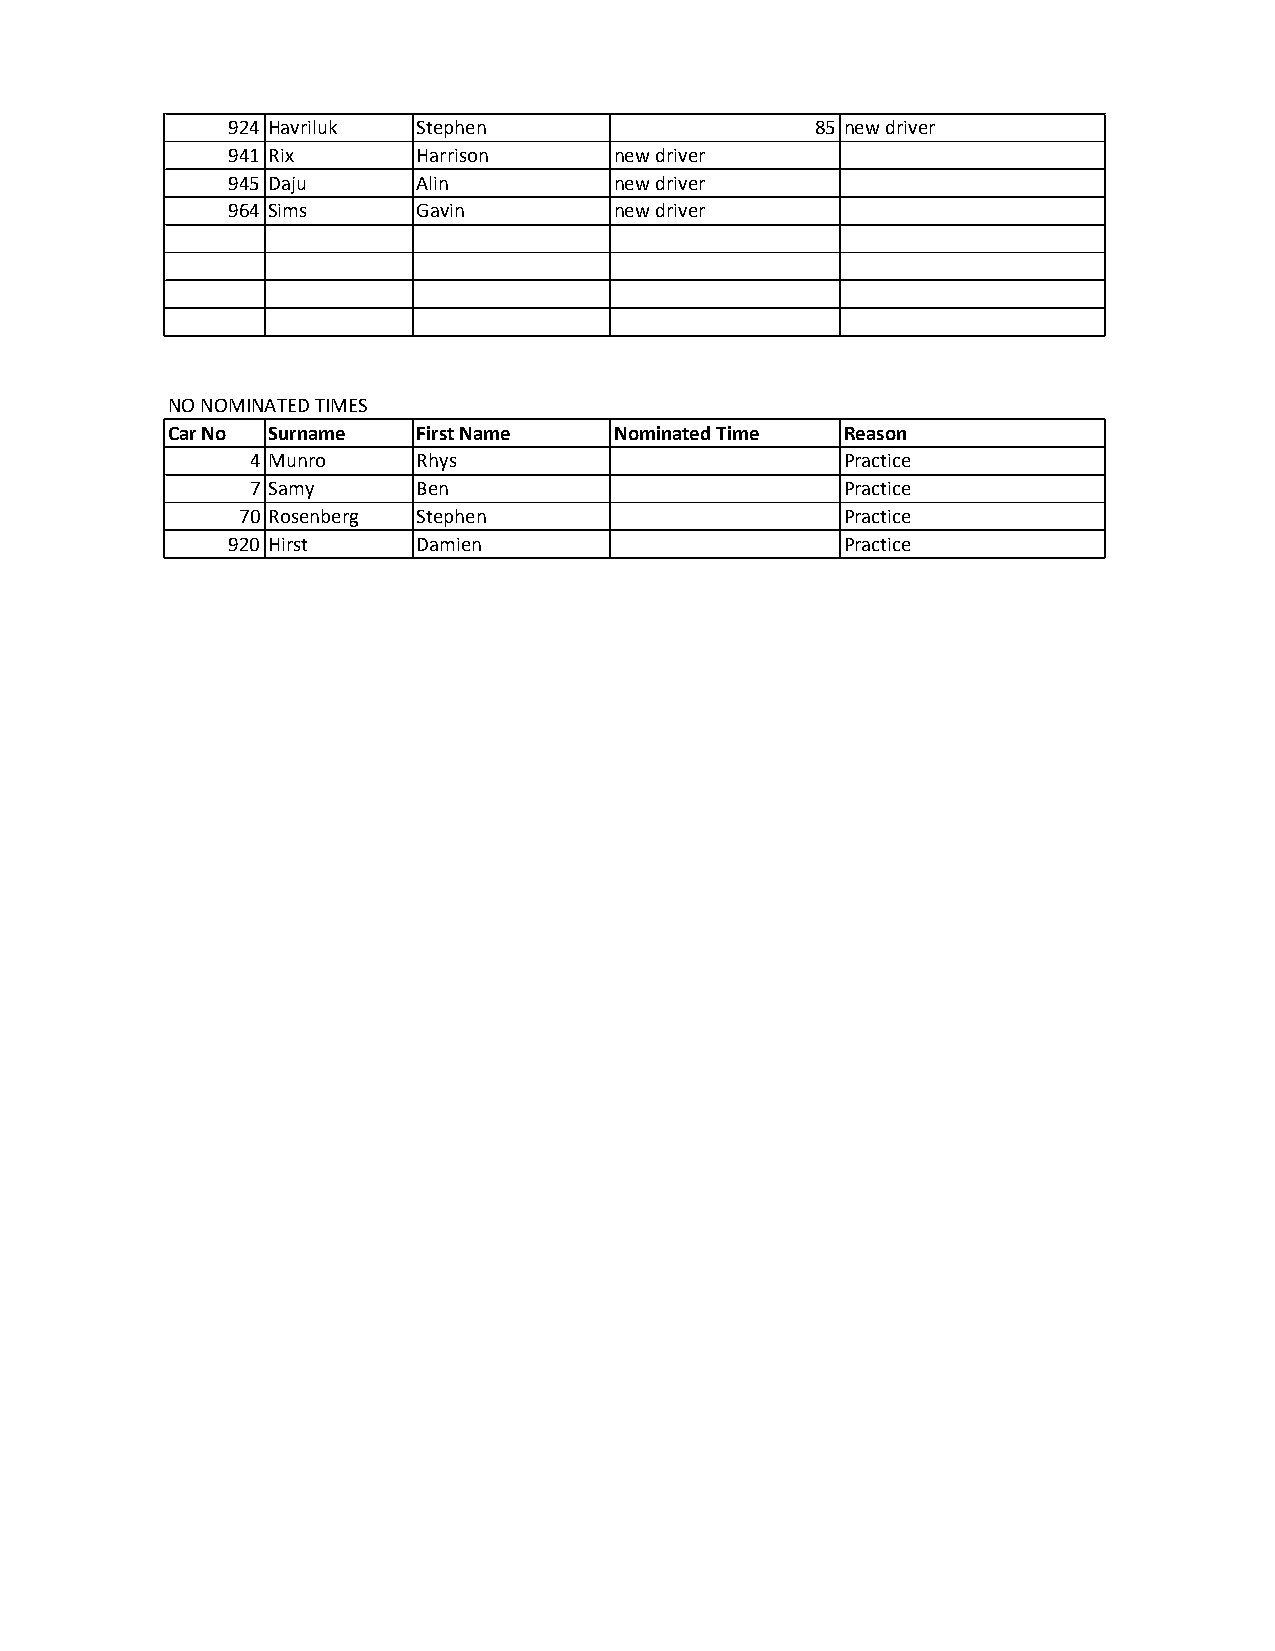
924 Havriluk Stephen                   85 new driver
 941 Rix      Harrison     new driver
 945 Daju     Alin         new driver
 964 Sims     Gavin        new driver
 NO NOMINATED TIMES
 Car No Surname   First Name   Nominated Time Reason
 4 Munro    Rhys                        Practice
 7 Samy     Ben                         Practice
 70 Rosenberg Stephen                    Practice
 920 Hirst    Damien                      Practice